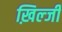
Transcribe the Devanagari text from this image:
ख़िल्जी